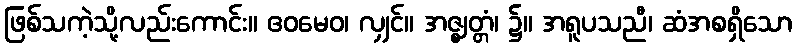
ဖြစ်သကဲ့သို့လည်းကောင်း။ ဧဝမေဝ၊ လျှင်။ အဇ္ဈတ္တံ၊ ၌။ အရူပသညီ၊ ဆံအစရှိသော